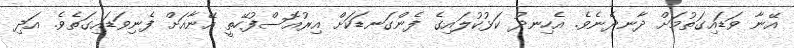
އޭނާ ވަޑައިގަތުމަށް ދާނދެނެވެ. އެހިނދު ކަޅުކުލައިގެ ފެންގަނޑަކަށް އިރުއޮސްފުހޭތީ އޭނާއަށް ފެނިވަޑައިގަތެވެ. އަދި